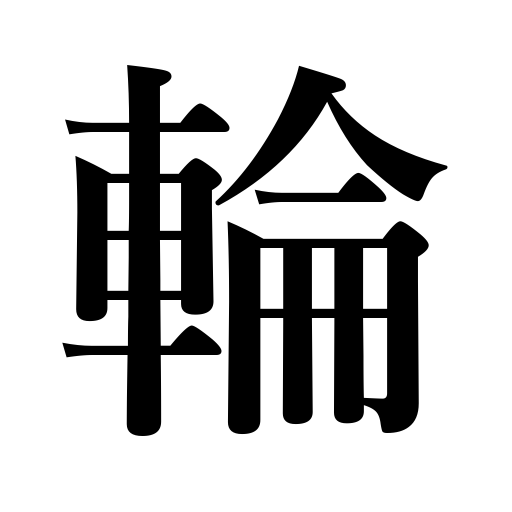
Meanings: wheel,link,wheel counter,hoop,loop,circle,corolla,ring